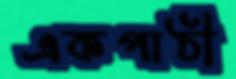
একপাঠী